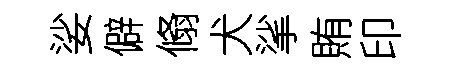
娑僻翛犬挲賄印